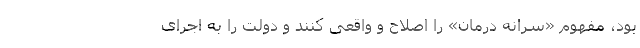
بود، مفهومِ «سرانه درمان» را اصلاح و واقعی کنند و دولت را به اجرای